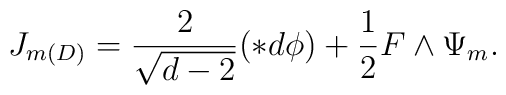
J_{m(D)} = \frac{2}{\sqrt{d-2}} (\ast d\phi) + \frac{1}{2} F \wedge\Psi_{m}.